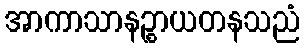
အာကာသာနဉ္စာယတနသညံ